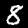
Label: 8